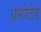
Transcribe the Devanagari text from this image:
अनरेटेड